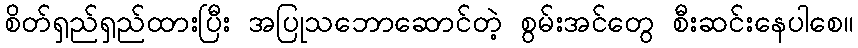
စိတ်ရှည်ရှည်ထားပြီး အပြုသဘောဆောင်တဲ့ စွမ်းအင်တွေ စီးဆင်းနေပါစေ။